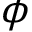
\phi